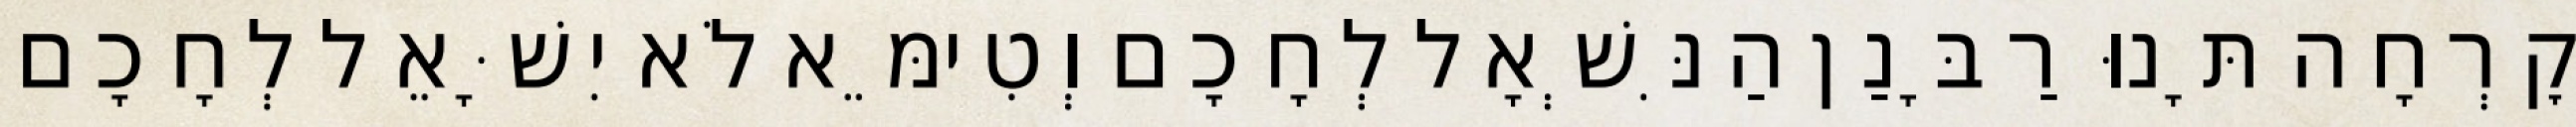
קׇרְחָה תָּנוּ רַבָּנַן הַנִּשְׁאָל לְחָכָם וְטִימֵּא לֹא יִשָּׁאֵל לְחָכָם